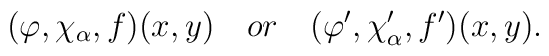
(\varphi ,\chi _\alpha ,f)(x,y)\quad or\quad (\varphi ^{\prime },\chi_\alpha ^{\prime },f^{\prime })(x,y).